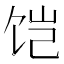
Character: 𱃹